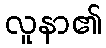
လူနာ၏